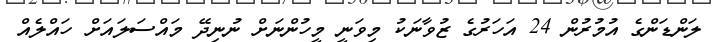
ލަންޑަންގެ އުމުރުން 24 އަހަރުގެ ޒުވާނަކު މިވަނީ މީހުންނަށް ނުނިދޭ މައްސަލައަށް ހައްލެއް